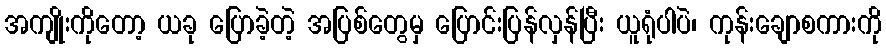
အကျိုးကိုတော့ ယခု ပြောခဲ့တဲ့ အပြစ်တွေမှ ပြောင်းပြန်လှန်ပြီး ယူရုံပါပဲ၊ ကုန်းချောစကားကို